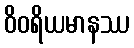
ဝိဝရိယမာနဿ